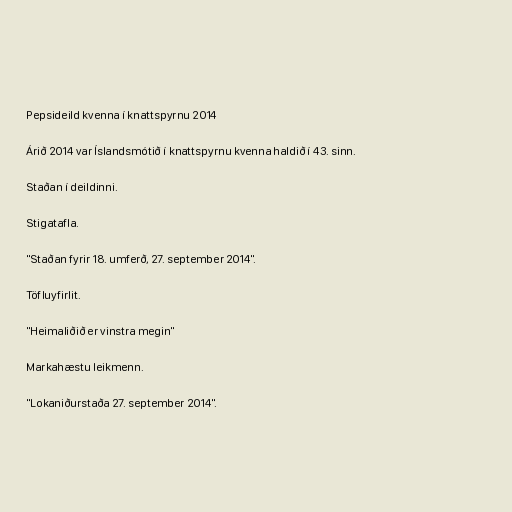
Pepsideild kvenna í knattspyrnu 2014

Árið 2014 var Íslandsmótið í knattspyrnu kvenna haldið í 43. sinn.

Staðan í deildinni.

Stigatafla.

"Staðan fyrir 18. umferð, 27. september 2014".

Töfluyfirlit.

"Heimaliðið er vinstra megin"

Markahæstu leikmenn.

"Lokaniðurstaða 27. september 2014".